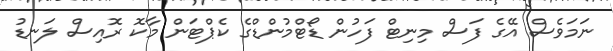
ނަމަވެސް އޭގެ ފަސް މިނިޓް ފަހުން ޑޯޓްމުންޑްގެ ކެޕްޓަން މާކޮ ރޮއިސް ލަނޑު